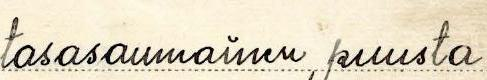
tasasaumainen, puusta